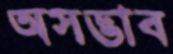
অসদ্ভাব